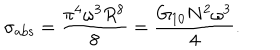
\sigma _ { \mathrm { a b s } } = \frac { \pi ^ { 4 } \omega ^ { 3 } R ^ { 8 } } { 8 } = \frac { G _ { 1 0 } N ^ { 2 } \omega ^ { 3 } } { 4 } .